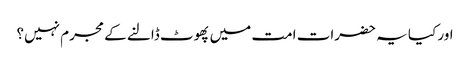
اور کیا یہ حضرات امت میں پھوٹ ڈالنے کے مجرم نہیں؟